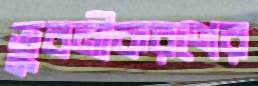
ভুবনীকরণের